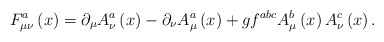
\begin{align*}F_{\mu \nu }^a\left(x\right) =\partial _\mu A_\nu ^a\left(x\right) -\partial _\nu A_\mu ^a\left(x\right) +gf^{abc}A_\mu^b\left(x\right) A_\nu ^c\left(x\right).\end{align*}